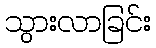
သွားလာခြင်း